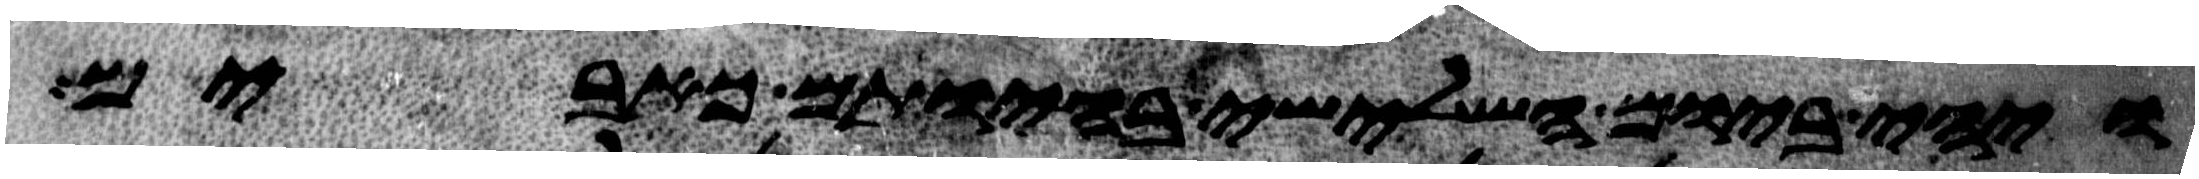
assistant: ויהי ביום השלישי בהיותם כאבים